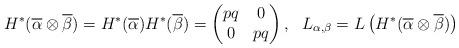
LaTeX: \begin{align*}H^{*}( \overline{\alpha} \otimes \overline{\beta})= H^{*}( \overline{\alpha} )H^{*}( \overline{\beta} )=\left(\begin{matrix}pq&0\\0&pq\end{matrix}\right),\ \ L_{\alpha,\beta}=L\left(H^{*}( \overline{\alpha} \otimes \overline{\beta}) \right)\end{align*}